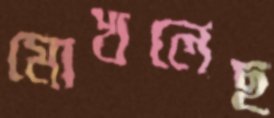
মোখলেছ